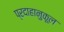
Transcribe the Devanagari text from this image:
प्रदाहानुकूल